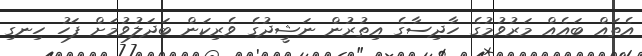
އެތައް ބައެއް މަރުވުމުގެ ހާދިސާގެ އިތުރުން ނަޝީދުގެ ވެރިކަން ބަދަލުވުމަށް ފަހު ހިނގި